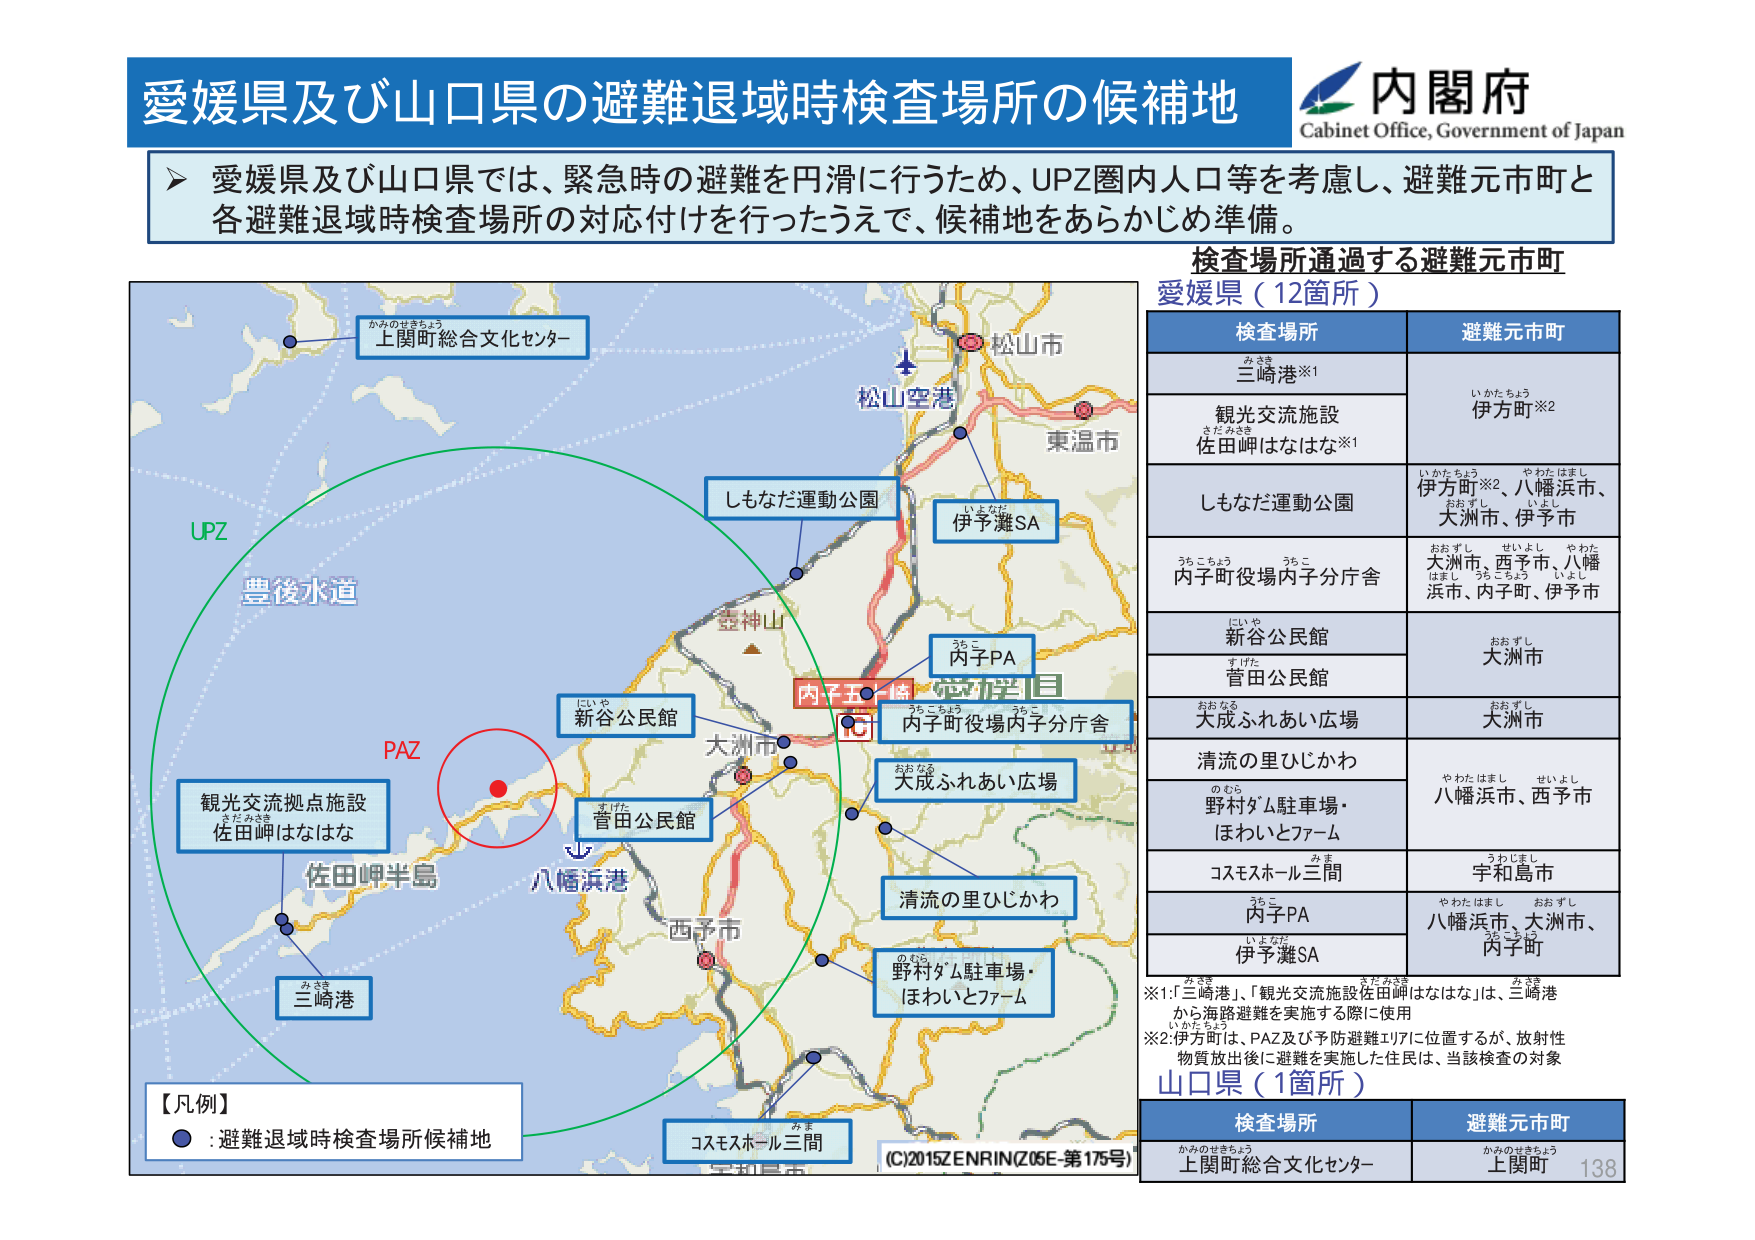
愛媛県及び山口県の避難退域時検査場所の候補地
内閣府
Cabinet Office, Government of Japan

愛媛県及び山口県では、緊急時の避難を円滑に行うため、UPZ圏内人口等を考慮し、避難元市町と各避難退域時検査場所の対応付けを行ったうえで、候補地をあらかじめ準備。

検査場所通過する避難元市町
愛媛県（12箇所）

検査場所　　　　　　　　　避難元市町
みさき
三崎港※1　　　　　　　　　いかたちょう
　　　　　　　　　　　　　　伊方町※2
さだみさき
観光交流施設
佐田岬はなはな※1　　　　　いかたちょう　やわたはまし
　　　　　　　　　　　　　　伊方町※2、八幡浜市、
　　　　　　　　　　　　　　おおすし　いよし
　　　　　　　　　　　　　　大洲市、伊予市
うちこちょう　うちこ
内子町役場内子分庁舎　　　おおすし　せいよし　やわた
　　　　　　　　　　　　　　大洲市、西予市、八幡
　　　　　　　　　　　　　　浜市、内子町、伊予市
にいや
新谷公民館　　　　　　　　　おおすし
すいた
菅田公民館　　　　　　　　　大洲市
おおなる
大成ふれあい広場　　　　　　おおすし
　　　　　　　　　　　　　　大洲市
清流の里ひじかわ　　　　　　やわたはまし　せいよし
のむら
野村ダム駐車場・　　　　　　八幡浜市、西予市
ほわいとファーム
コスモホール三間　　　　　　うわじまし
　　　　　　　　　　　　　　宇和島市
うちこ
内子PA　　　　　　　　　　　やわたはまし　おおすし
　　　　　　　　　　　　　　八幡浜市、大洲市、
いよなだ
伊予灘SA　　　　　　　　　　うちこちょう
　　　　　　　　　　　　　　内子町

※1:「三崎港」、「観光交流施設佐田岬はなはな」は、三崎港
　　から海路避難を実施する際に使用
※2:伊方町は、PAZ及び予防避難エリアに位置するが、放射性
　　物質放出後に避難を実施した住民は、当該検査の対象

山口県（1箇所）

検査場所　　　　　　　　　避難元市町
かみのせきちょう
上関町総合文化センター　　かみのせきちょう
　　　　　　　　　　　　　　上関町

【凡例】
● : 避難退域時検査場所候補地

UPZ
豊後水道
PAZ
観光交流拠点施設
佐田岬はなはな
佐田岬半島
三崎港
八幡浜港
新谷公民館
菅田公民館
大洲市
西予市
内子五條
内子PA
内子町役場内子分庁舎
大成ふれあい広場
清流の里ひじかわ
野村ダム駐車場・
ほわいとファーム
コスモホール三間
松山市
松山空港
東温市
伊予灘SA
しもなだ運動公園
上関町総合文化センター
豊神山
宝剣島市
(C)2015 ZENRIN (Z05E-第175号)
138